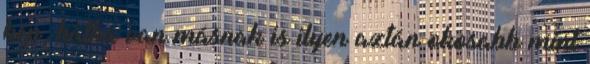
kép, hátha van másnak is ilyen aztán okosabb mint